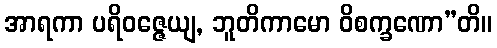
အာရကာ ပရိဝဇ္ဇေယျ, ဘူတိကာမော ဝိစက္ခဏော”တိ။